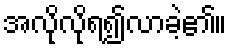
အလိုလိုရ၍လာခဲ့၏။